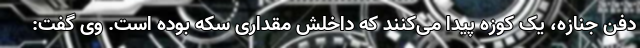
دفن جنازه، یک کوزه پیدا می‌کنند که داخلش مقداری سکه بوده است. وی گفت: